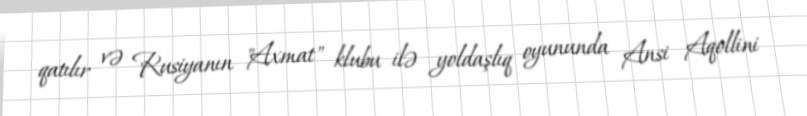
qatılır və Rusiyanın "Axmat" klubu ilə yoldaşlıq oyununda Ansi Aqollini